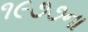
૧૯૭૭ના